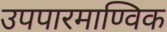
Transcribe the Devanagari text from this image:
उपपारमाण्विक